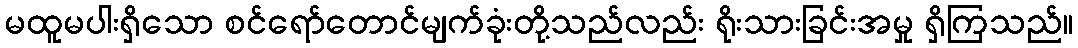
မထူမပါးရှိသော စင်ရော်တောင်မျက်ခုံးတို့သည်လည်း ရိုးသားခြင်းအမှု ရှိကြသည်။